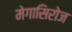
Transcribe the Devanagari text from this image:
मेगासिरोज